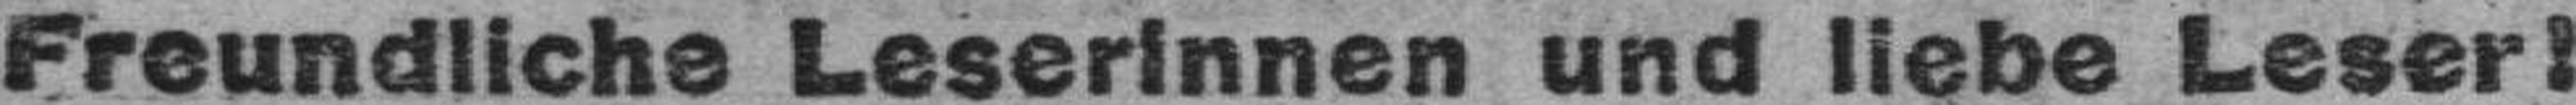
Freundliche Leserinnen und liebe Leser!